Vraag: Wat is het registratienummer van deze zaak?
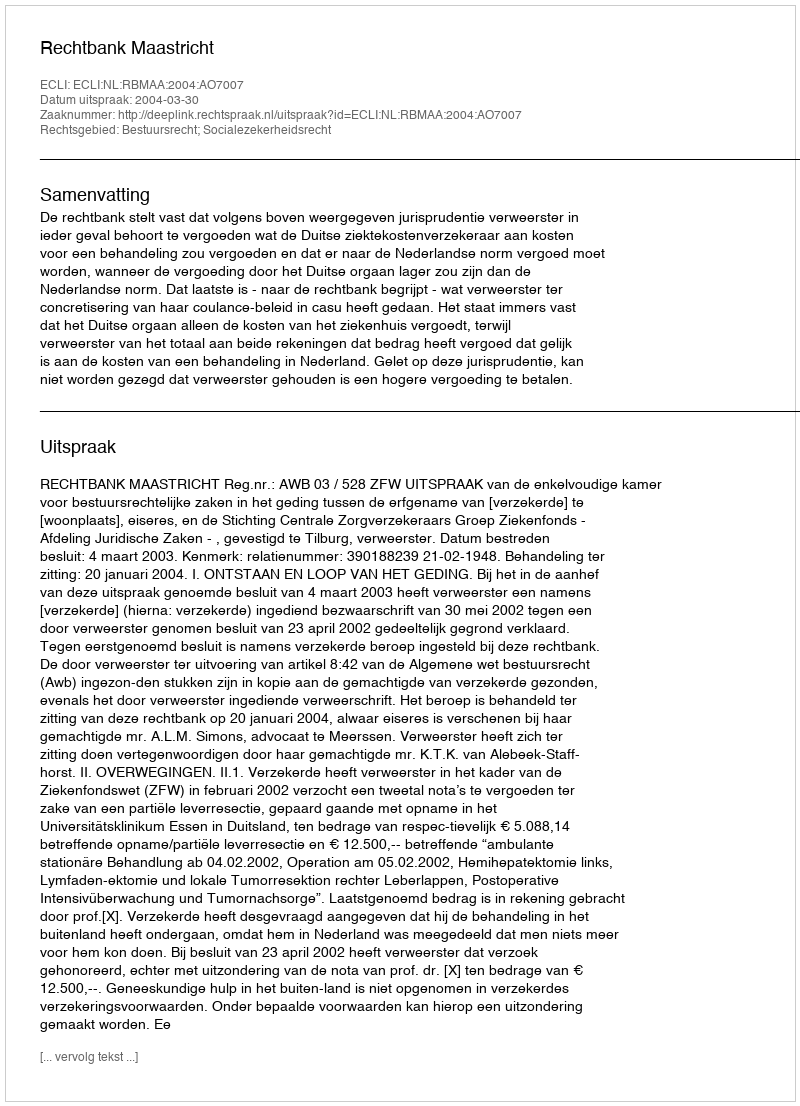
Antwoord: http://deeplink.rechtspraak.nl/uitspraak?id=ECLI:NL:RBMAA:2004:AO7007